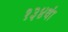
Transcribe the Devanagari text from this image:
१३४वां